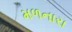
મળનારા